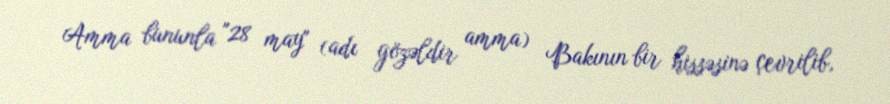
Amma bununla "28 may" (adı gözəldir amma) Bakının bir hissəsinə çevrilib,